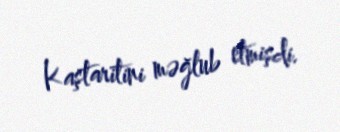
Kaştaritini məğlub etmişdi.